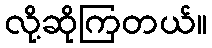
လို့ဆိုကြတယ်။